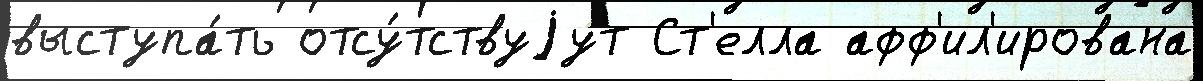
выступа́ть отсу́тствуjут Ст'елла афф'ил'ирована